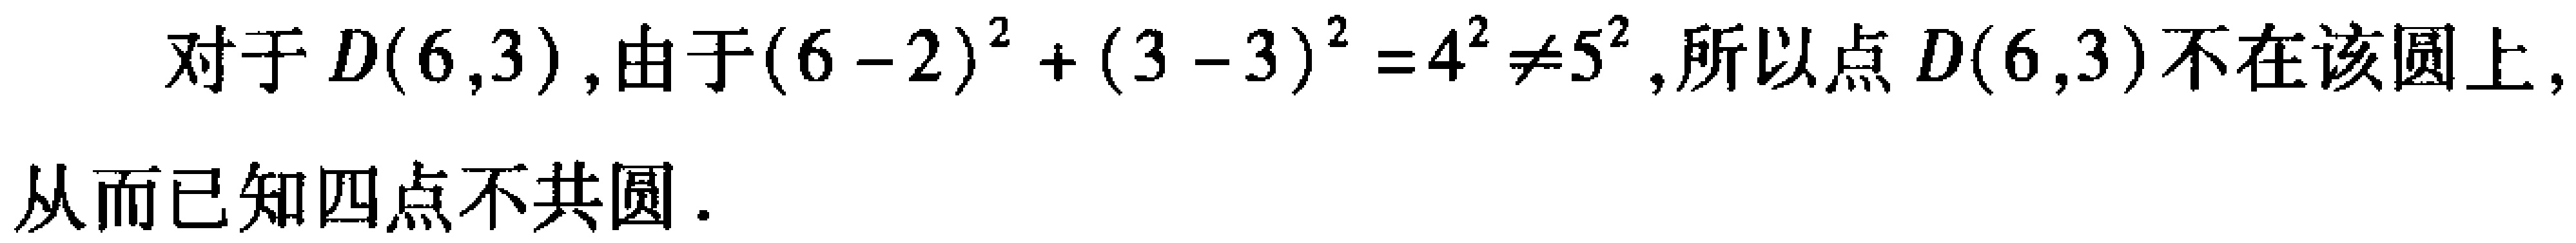
对于$D(6,3)$,由于$(6 - 2)^2 + (3 - 3)^2 = 4^2 \neq 5^2$,所以点$D(6,3)$不在该圆上,
从而已知四点不共圆.